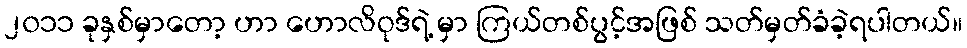
၂၀၁၁ ခုနှစ်မှာတော့ ဟာ ဟောလိဝုဒ်ရဲ့ မှာ ကြယ်တစ်ပွင့်အဖြစ် သတ်မှတ်ခံခဲ့ရပါတယ်။